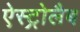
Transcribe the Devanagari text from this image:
ऐस्ट्रोलैब